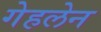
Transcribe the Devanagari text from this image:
गेहलेन